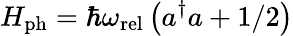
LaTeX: H_{\mathrm{ph}}=\hbar\omega_{\mathrm{rel}}\left(a^{\dagger}a+1/2\right)